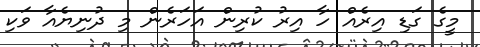
މީގެ ގަޑި އިރެއް ހާ އިރު ކުރިން އަހަރެން މި ދުނިޔެއާ ވަކި